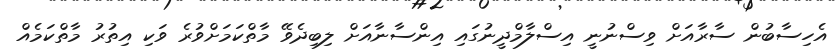
އެހިސާބުން ސާރާއަށް ވިސްނުނީ އިސްލާމްދީނުގައި އިންސާނާއަށް ލިބިދެވޭ މާތްކަމަށްވުރެ ވަކި އިތުރު މާތްކަމެއް